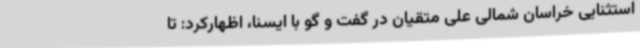
استثنایی خراسان شمالی علی متقیان در گفت و گو با ایسنا، اظهارکرد: تا